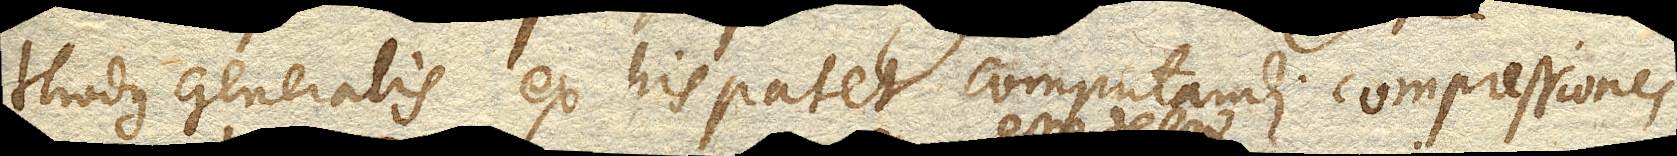
thodus generalis ex his patet computandi compressiones